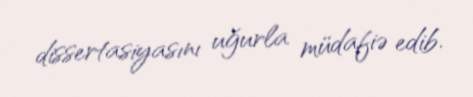
dissertasiyasını uğurla müdafiə edib.